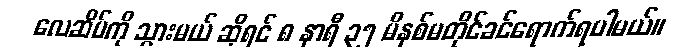
လေဆိပ်ကို သွားမယ် ဆိုရင် ၈ နာရီ ၃၅ မိနစ်မတိုင်ခင်ရောက်ရပါမယ်။